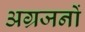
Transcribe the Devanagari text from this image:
अग्रजनों